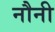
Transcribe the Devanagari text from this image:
नौनी